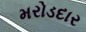
મરોડદાર